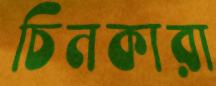
চিনকারা